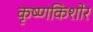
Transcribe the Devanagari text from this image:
कृष्णकिशोर